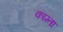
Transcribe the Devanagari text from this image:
काम्ता